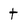
Character: t